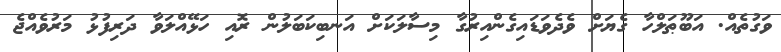
ވަގުތެއް. އަބޫޠަލްހާ ގެޔަށް ވެދެވަޑައިގެންއިރުގާ މިސާލަކަށް އަނބިކަބަލުން ރޮއި ހަޅޭއްލަވާ ދަރިފުޅު މަރުވެއްޖެ